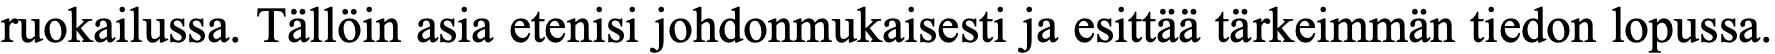
ruokailussa. Tällöin asia etenisi johdonmukaisesti ja esittää tärkeimmän tiedon lopussa.